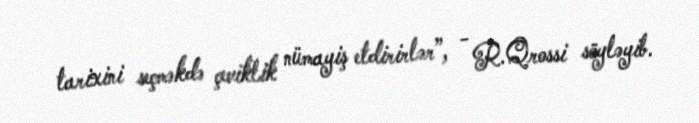
tarixini seçməkdə çeviklik nümayiş etdirirlər”, - R.Qrossi söyləyib.